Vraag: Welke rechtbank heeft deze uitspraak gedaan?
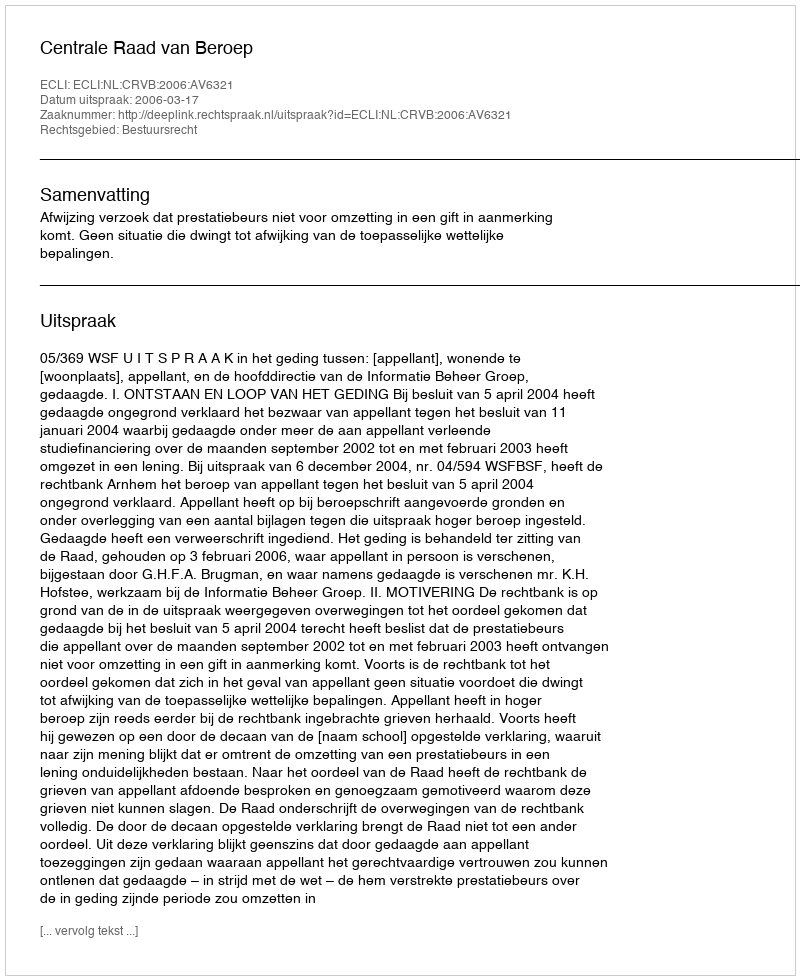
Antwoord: Centrale Raad van Beroep